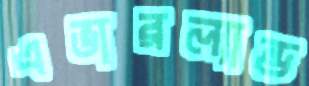
এভারল্যান্ড